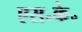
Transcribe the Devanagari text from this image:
एस॰के॰